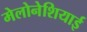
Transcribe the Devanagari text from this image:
मेलोनेशियाई